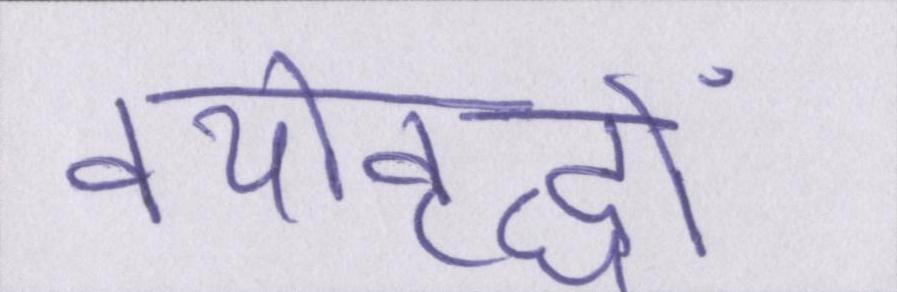
वयोवृद्धों